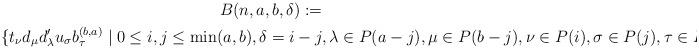
LaTeX: \begin{gather*} B(n,a,b,\delta) := \\\{t_\nu d_\mu d'_\lambda u_\sigma b_\tau^{(b,a)} \;|\;0\leq i,j\leq \min(a,b), \delta=i-j, \lambda \in P(a-j), \mu \in P(b-j), \nu \in P(i), \sigma \in P(j), \tau \in P \}.\end{gather*}